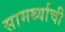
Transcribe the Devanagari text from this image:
सामर्थ्याची